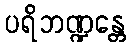
ပရိဘဏ္ဍန္တေ